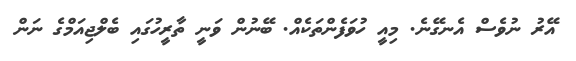
އޭރު ނުވެސް އެނގޭނެ. މިއީ ހުވަފެންތަކެއް. ބޭނުން ވަނީ ތާރީހުގައި ބެލްޖިއަމްގެ ނަން